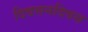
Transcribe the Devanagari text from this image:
दिवसनदिवस